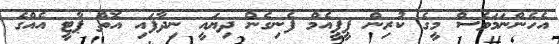
އެހެންނަމަވެސް މީގެ ކުރިން ޕީޕީއެމް ފެނިގެން ދިޔައީ ނިދާފައި އޮތް ޕާޓީ އެއްގެ